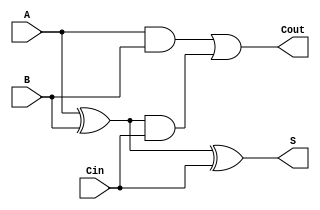
module RippleCarryFullAdder (
    input wire A,     // First binary input
    input wire B,     // Second binary input
    input wire Cin,   // Carry-in input
    output wire S,    // Sum output
    output wire Cout   // Carry-out output
);

    // Intermediate signals
    wire AxorB;      // A XOR B
    wire AB;         // A AND B
    wire AxorB_and_Cin; // (A XOR B) AND Cin

    // Sum calculation: S = A XOR B XOR Cin
    assign AxorB = A ^ B;              // First XOR
    assign S = AxorB ^ Cin;            // Second XOR

    // Carry-out calculation: Cout = (A AND B) OR (Cin AND (A XOR B))
    assign AB = A & B;                  // A AND B
    assign AxorB_and_Cin = AxorB & Cin; // (A XOR B) AND Cin
    assign Cout = AB | AxorB_and_Cin;  // OR operation to get Cout

endmodule